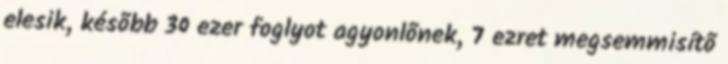
elesik, késõbb 30 ezer foglyot agyonlõnek, 7 ezret megsemmisítõ